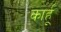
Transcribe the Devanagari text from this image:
कार्हू